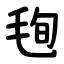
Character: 毥